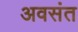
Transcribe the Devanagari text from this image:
अवसंत